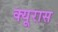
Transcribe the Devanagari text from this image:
क्यूरास